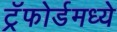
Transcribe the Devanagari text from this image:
ट्रॅफोर्डमध्ये